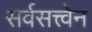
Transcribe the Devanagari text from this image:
सर्वसत्त्वेन